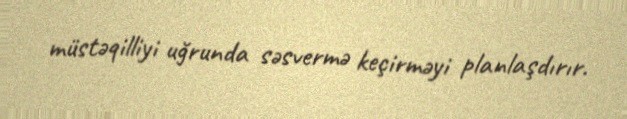
müstəqilliyi uğrunda səsvermə keçirməyi planlaşdırır.